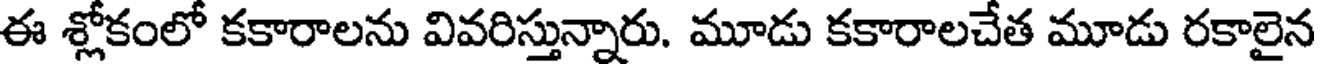
ఈ శ్లోకంలో కకారాలను వివరిస్తున్నారు. మూడు కకారాలచేత మూడు రకాలైన